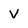
Character: v